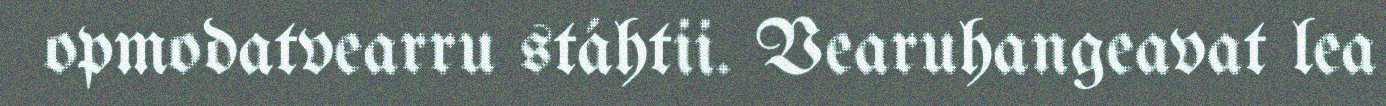
opmodatvearru stáhtii. Vearuhangeavat lea